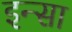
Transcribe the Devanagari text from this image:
इन्सा